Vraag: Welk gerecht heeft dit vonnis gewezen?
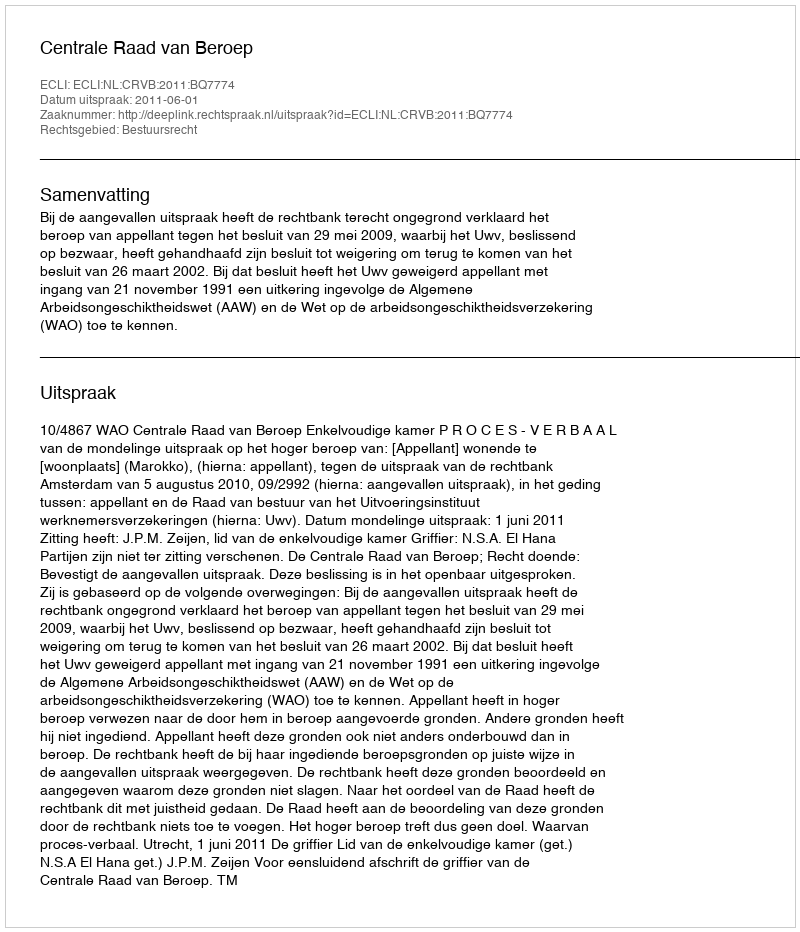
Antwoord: Centrale Raad van Beroep